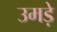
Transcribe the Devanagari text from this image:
उमड़े